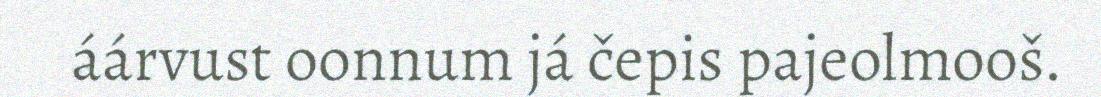
áárvust oonnum já čepis pajeolmooš.